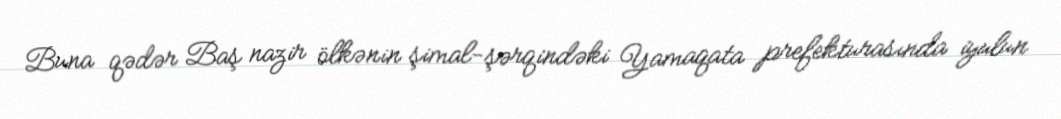
Buna qədər Baş nazir ölkənin şimal-şərqindəki Yamaqata prefekturasında iyulun